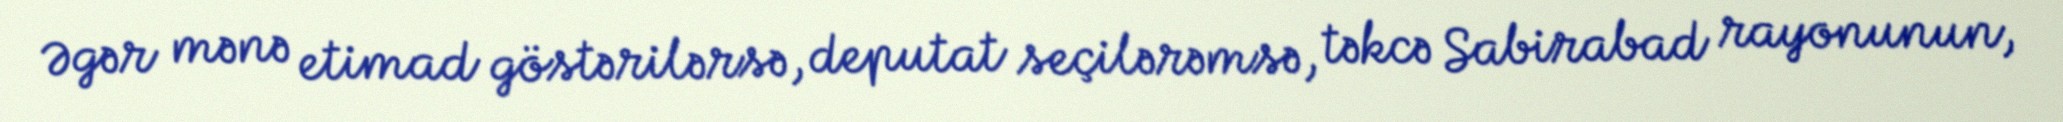
Əgər mənə etimad göstərilərsə, deputat seçilərəmsə, təkcə Sabirabad rayonunun,